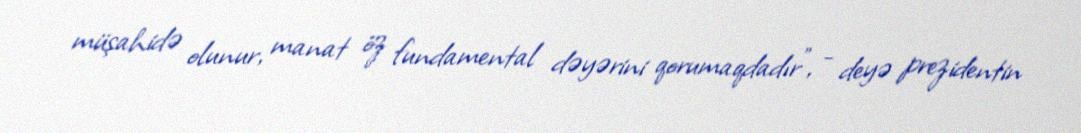
müşahidə olunur, manat öz fundamental dəyərini qorumaqdadır", - deyə prezidentin